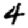
Digit: 4